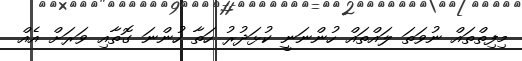
މިފިތްތައް ނުވަތަ ލައްތައް ހުންނަނީ ކުޅަދުރު ހަތާ ހުންނަ ގޮތާއި ވަރަށް އެއް